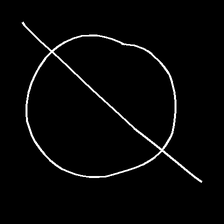
Glyph: orb